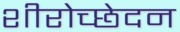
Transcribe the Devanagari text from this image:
शीरोच्छेदन